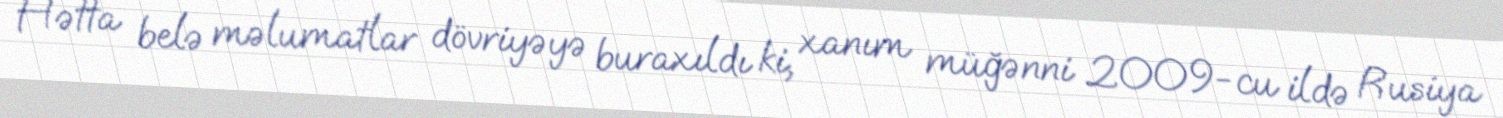
Hətta belə məlumatlar dövriyəyə buraxıldı ki, xanım müğənni 2009-cu ildə Rusiya